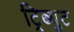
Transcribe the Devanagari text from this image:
ट्रिब्युट